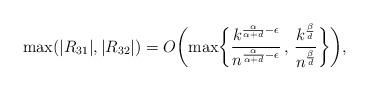
LaTeX: \begin{align*}\max(|R_{31}|,|R_{32}|) = O \biggl( \max \biggl\{ \frac{k^{\frac{\alpha}{\alpha+d} - \epsilon}}{n^{\frac{\alpha}{\alpha+d} - \epsilon}}\, , \, \frac{k^{\frac{\beta}{d}}}{n^{\frac{\beta}{d}}} \biggr\} \biggr),\end{align*}